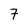
Character: 7